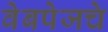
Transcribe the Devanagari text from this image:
वेबपेजचे